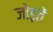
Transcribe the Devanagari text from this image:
जोड़तें